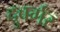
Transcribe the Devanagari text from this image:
दुवर्गर